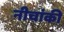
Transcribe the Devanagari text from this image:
नीचांकी